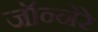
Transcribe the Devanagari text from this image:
जॉन्नेरे